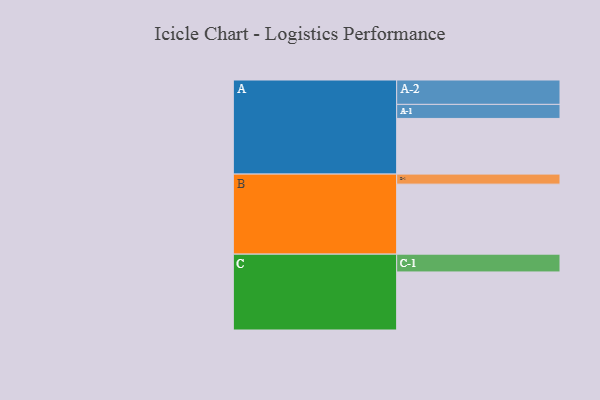
{"axis": {"x": "Segment", "y": "Value"}, "legend": ["", "A", "B", "C"], "data": [{"x": "A", "y": 372, "type": ""}, {"x": "B", "y": 468, "type": ""}, {"x": "C", "y": 388, "type": ""}, {"x": "A-1", "y": 94, "type": "A"}, {"x": "A-2", "y": 163, "type": "A"}, {"x": "B-1", "y": 67, "type": "B"}, {"x": "C-1", "y": 119, "type": "C"}]}